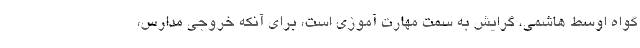
گواه اوسط هاشمی، گرایش به سمت مهارت آموزی است، برای آنکه خروجی مدارس،